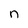
Character: n